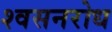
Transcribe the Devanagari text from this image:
श्वसनरोध